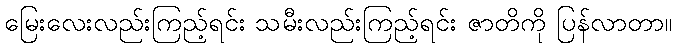
မြေးလေးလည်းကြည့်ရင်း သမီးလည်းကြည့်ရင်း ဇာတိကို ပြန်လာတာ။